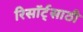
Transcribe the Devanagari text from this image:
रिसॉर्ट्‌साठी